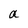
Character: a